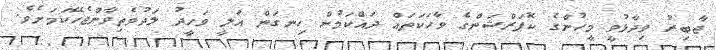
ޖާބިރު ވިދާޅުވީ މީހުންގެ ކޮޕަރްޝަންގެ ވާހަކަތައް ދައްކަމުން ހިނގަން އަލީ ވަހީދު ލަދުވެތިވާންޖެހޭކަމަށެވެ.